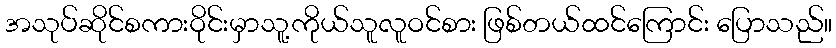
အသုပ်ဆိုင်စကားဝိုင်းမှာသူ့ကိုယ်သူလူဝင်စား ဖြစ်တယ်ထင်ကြောင်း ပြောသည်။